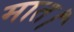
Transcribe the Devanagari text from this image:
मात।